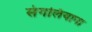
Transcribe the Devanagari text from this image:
संगलियाना